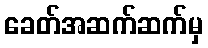
ခေတ်အဆက်ဆက်မှ